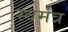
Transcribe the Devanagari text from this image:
स्वमंत्र